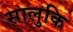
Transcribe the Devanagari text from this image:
सालुकि